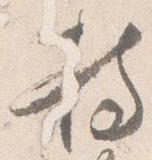
持